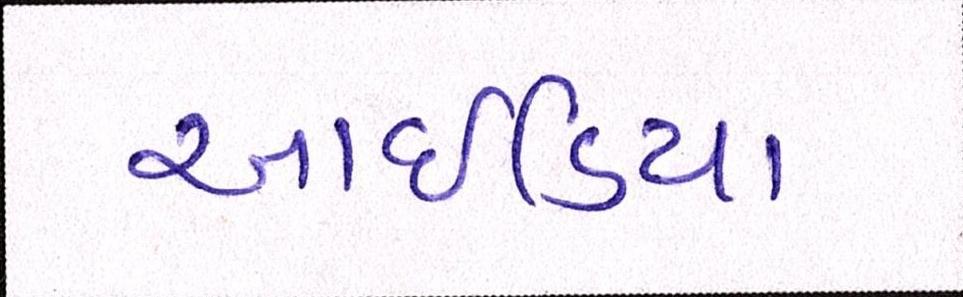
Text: આઇડિયા